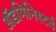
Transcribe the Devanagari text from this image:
ॲडमिनिस्टर्ड